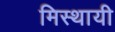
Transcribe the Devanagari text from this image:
मिस्थायी